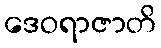
ဒေဝရာဇာတိ